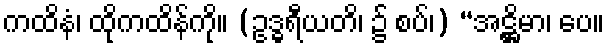
ကထိနံ၊ ထိုကထိန်ကို။ (ဥဒ္ဓရီယတိ၊ ၌ စပ်၊) “အဋ္ဌိမာ၊ ပေ။